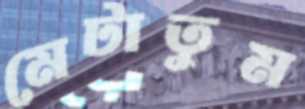
মেটাতুম